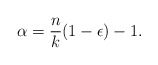
\begin{align*} \alpha=\frac{n}{k}(1-\epsilon)-1.\end{align*}